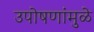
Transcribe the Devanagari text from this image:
उपोषणांमुळे